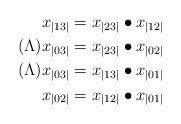
LaTeX: \begin{align*}x_{|13|}= x_{|23|}\bullet x_{|12|}\\(\Lambda) x_{|03|}= x_{|23|}\bullet x_{|02|} \\(\Lambda) x_{|03|}= x_{|13|}\bullet x_{|01|} \\x_{|02|}= x_{|12|}\bullet x_{|01|}\end{align*}